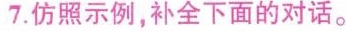
7. 仿照示例，补全下面的对话。